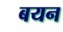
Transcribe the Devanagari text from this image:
बयन